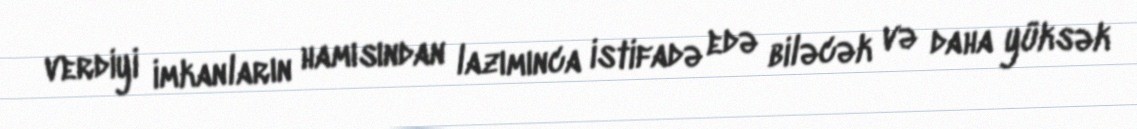
verdiyi imkanların hamısından lazımınca istifadə edə biləcək və daha yüksək